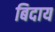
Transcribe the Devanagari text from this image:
बिदाय